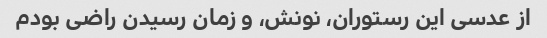
از عدسی این رستوران، نونش، و زمان رسیدن راضی بودم